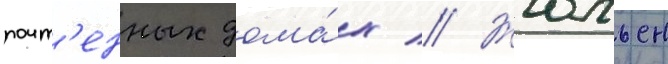
почт'енных дома́х // Жюльен